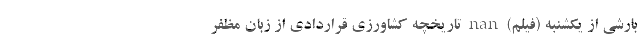
بارشی از یکشنبه (فیلم) nan تاریخچه کشاورزی قراردادی از زبان مظفر